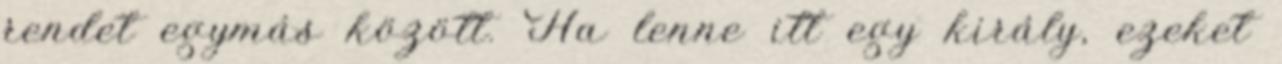
rendet egymás között. Ha lenne itt egy király, ezeket